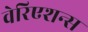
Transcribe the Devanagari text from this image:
वेरिएशन्स